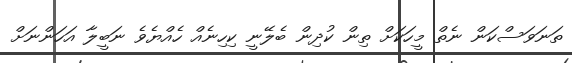
ތަނަވަސްކަން ނެތް މީހަކަށް ތިން ކުދިން ބެލޭނީ ކިހިނެއް ހެއްޔެވެ ނަބީލާ އަހަންނަށް